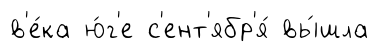
в'е́ка ю́г'е с'ент'ябр'я́ вы́шла